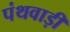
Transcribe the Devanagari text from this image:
पंथवाड़ी